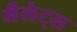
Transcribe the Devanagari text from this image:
मैलेट्स